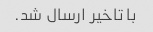
با تاخیر ارسال شد.